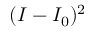
( I - I _ { 0 } ) ^ { 2 }